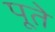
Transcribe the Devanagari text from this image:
पूते